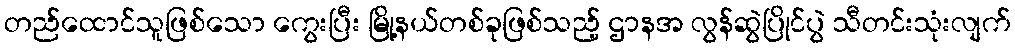
တည်ထောင်သူဖြစ်သော ကွေးပြီး မြို့နယ်တစ်ခုဖြစ်သည့် ဌာနအ လွန်ဆွဲပြိုင်ပွဲ သီတင်းသုံးလျက်